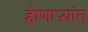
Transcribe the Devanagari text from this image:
होणाऱ्यांत